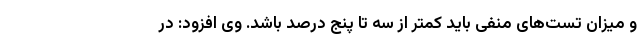
و میزان تست‌های منفی باید کمتر از سه تا پنج درصد باشد. وی افزود: در